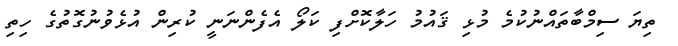
ތިޔަ ސިމްބާތައްނުކުމެ މުޅި ޤައުމު ހަލާކޮށްފި ކަލޯ އެފެންނަނީ ކުރިން އުޅެވުނުގޮތުގެ ހިތި